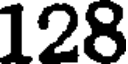
128